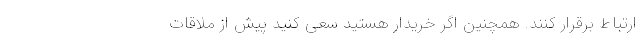
ارتباط برقرار کنند. همچنین اگر خریدار هستید سعی کنید پیش از ملاقات